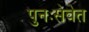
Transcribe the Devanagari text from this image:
पुनःसेवेत